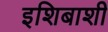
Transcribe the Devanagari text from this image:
इशिबाशी